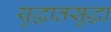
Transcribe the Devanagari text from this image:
युद्धातसुद्धा